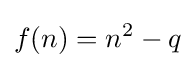
f(n)=n^{2}-q